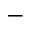
-